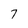
Character: 7